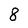
Character: 8